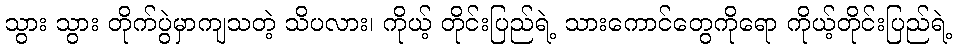
သွား သွား တိုက်ပွဲမှာကျသတဲ့ သိပလား၊ ကိုယ့် တိုင်းပြည်ရဲ့ သားကောင်တွေကိုရော ကိုယ့်တိုင်းပြည်ရဲ့